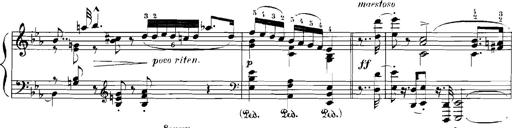
Title: Rhapsodies hongroises
Composer: Franz Liszt